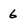
Character: 6